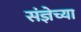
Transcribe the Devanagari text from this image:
संज्ञेच्या